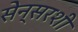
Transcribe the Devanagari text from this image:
सेन्सरशी